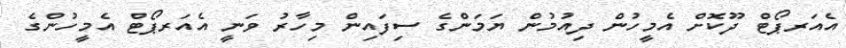
އެއަރޕޯޓް ދޫކޮށް އެމީހުން ދިއުމުން ޔަމަންގެ ސިފައިން މިހާރު ވަނީ އެއަރޕޯޓް އެމީހުންގެ